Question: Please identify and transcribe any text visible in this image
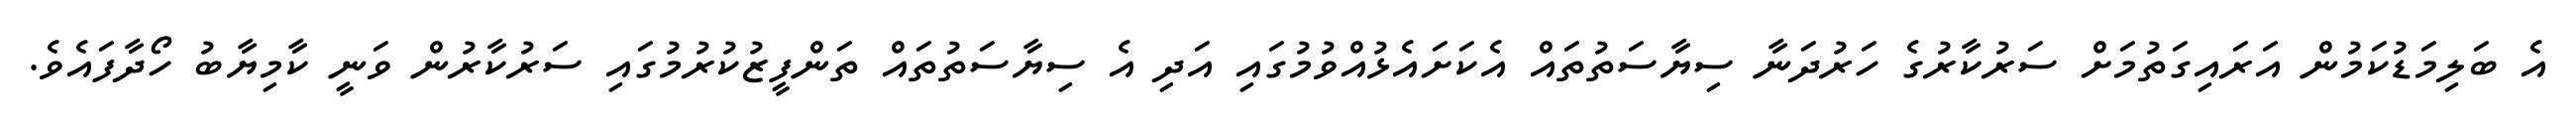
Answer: އެ ބަލިމަޑުކަމުން އަރައިގަތުމަށް ސަރުކާރުގެ ހަރުދަނާ ސިޔާސަތުތައް އެކަށައެޅުއްވުމުގައި އަދި އެ ސިޔާސަތުތައް ތަންފީޒުކުރުމުގައި ސަރުކާރުން ވަނީ ކާމިޔާބު ހޯދާފައެވެ.